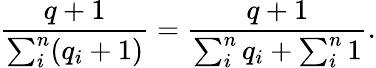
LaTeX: \frac{q+1}{\sum_{i}^{n}(q_{i}+1)}=\frac{q+1}{\sum_{i}^{n}q_{i}+\sum_{i}^{n}1}.